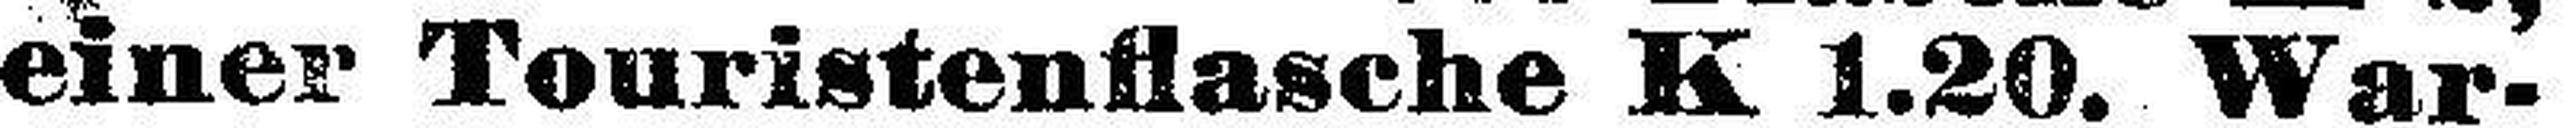
einer Touristenflasche K 1.20. War¬